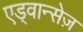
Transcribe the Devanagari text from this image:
एड्वान्सेज़